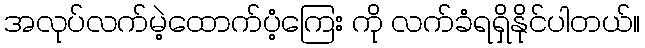
အလုပ်လက်မဲ့ထောက်ပံ့ကြေး ကို လက်ခံရရှိနိုင်ပါတယ်။